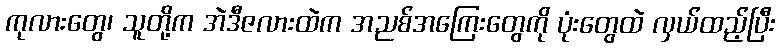
ကုလားတွေ၊ သူတို့က အဲဒီဇလားထဲက အညစ်အကြေးတွေကို ပုံးတွေထဲ လှယ်ထည့်ပြီး